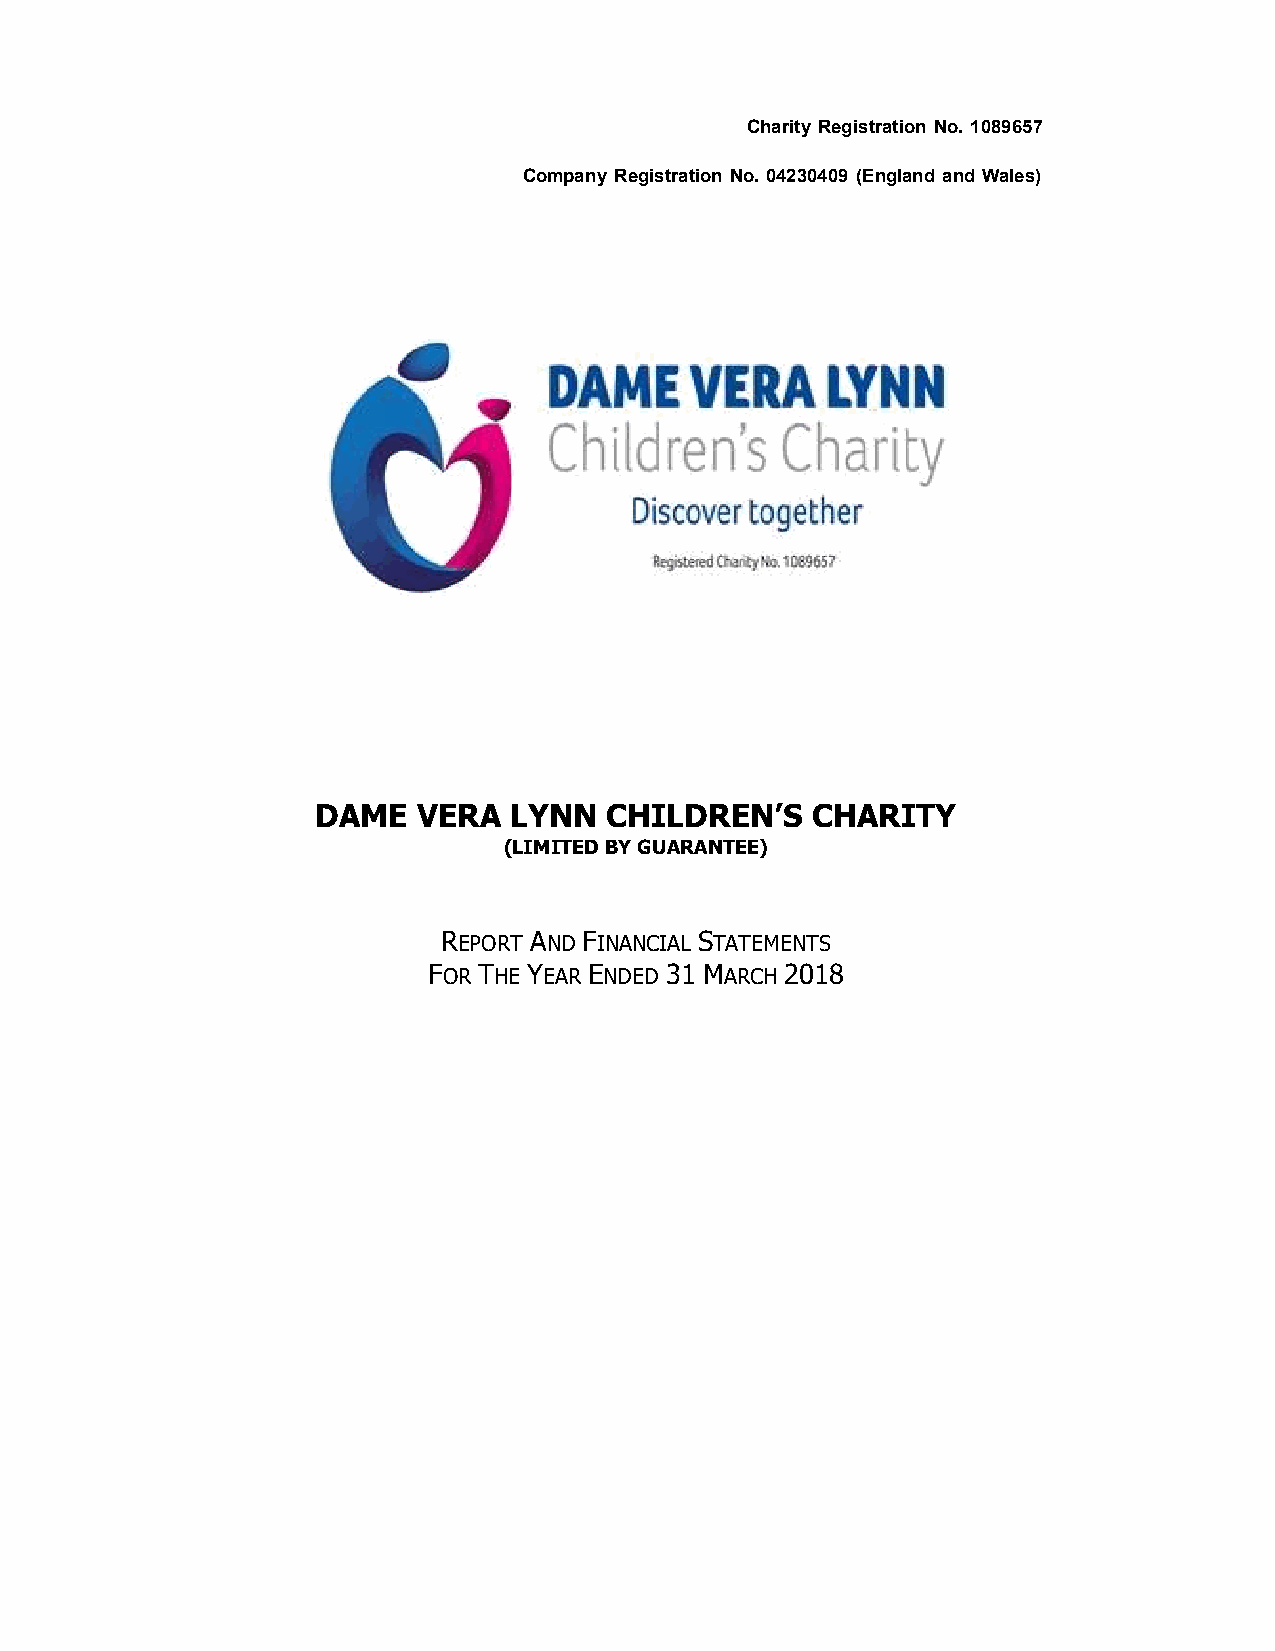
Charity Registration No. 1089657
 Company Registration No. 04230409 (England and Wales)
 DAME   VERA  LYNN  CHILDREN’S    CHARITY
 (LIMITED BY GUARANTEE)
 REPORT AND FINANCIAL STATEMENTS
 FOR THE YEAR ENDED 31 MARCH 2018